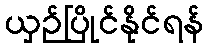
ယှဉ်ပြိုင်နိုင်ရန်